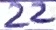
Text: 22